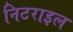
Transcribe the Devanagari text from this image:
निटराइल